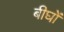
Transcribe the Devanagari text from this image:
बीघों